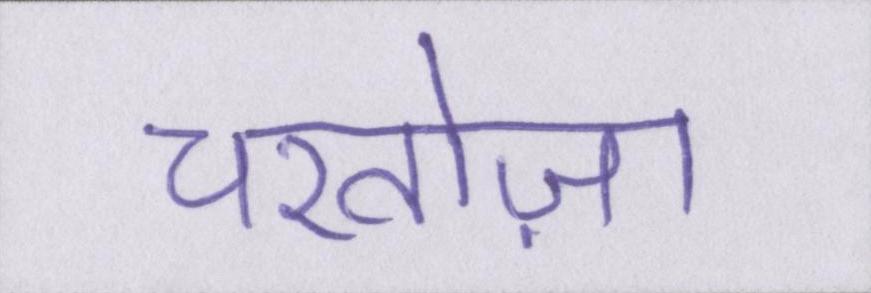
चरतोज़ा